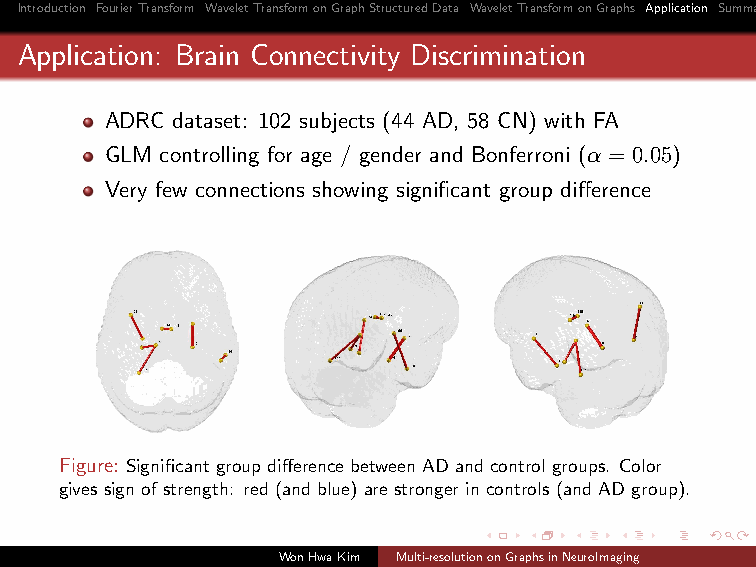
Introduction FourierTransform WaveletTransformonGraphStructuredData WaveletTransformonGraphs Application Summary
 Application: Brain Connectivity Discrimination
 ADRC dataset: 102 subjects (44 AD, 58 CN) with FA
 GLM controlling for age / gender and Bonferroni (α = 0.05)
 Very few connections showing significant group difference
 Figure: Significant group difference between AD and control groups. Color
 gives sign of strength: red (and blue) are stronger in controls (and AD group).
 WonHwaKim Multi-resolutiononGraphsinNeuroImaging